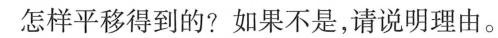
怎样平移得到的？如果不是，请说明理由。